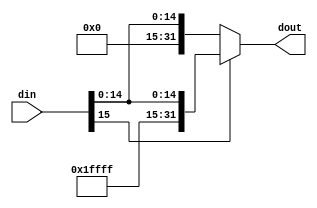
module SignExtend(din,dout);

input [15:0] din;
output [31:0] dout;

assign dout = (din[15]==1 ? {16'b1111111111111111,din} : {16'b0,din});

endmodule